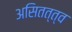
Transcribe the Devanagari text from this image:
असितत्त्व